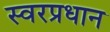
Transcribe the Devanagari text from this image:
स्वरप्रधान